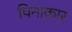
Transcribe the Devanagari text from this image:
पिनाकार